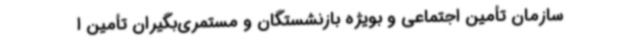
سازمان تأمین ‌اجتماعی و بویژه بازنشستگان و مستمری‌بگیران تأمین ‌ا